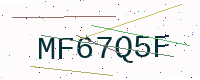
Text: MF67Q5F